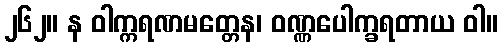
၂၆၂။ န ဝါက္ကရဏမတ္တေန၊ ဝဏ္ဏပေါက္ခရတာယ ဝါ။